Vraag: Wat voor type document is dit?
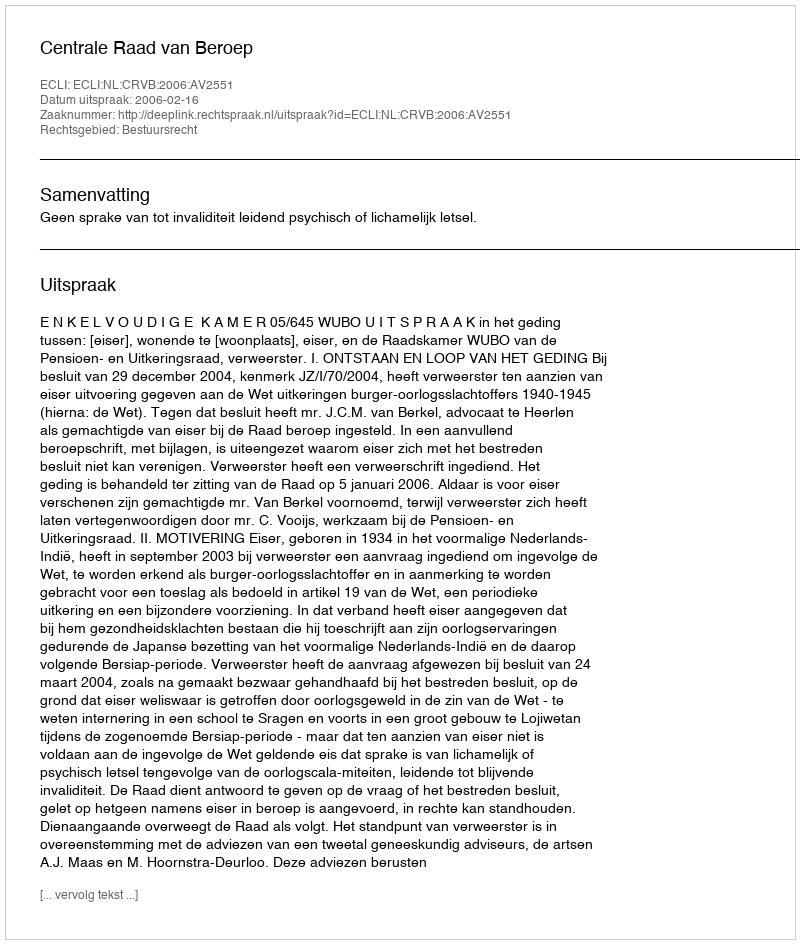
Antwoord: Uitspraak